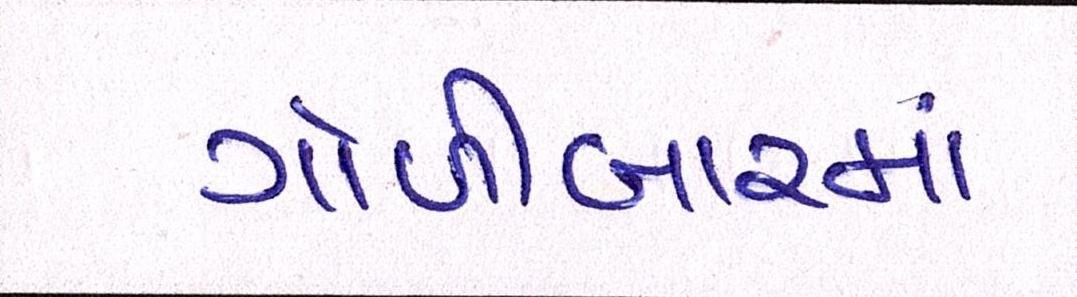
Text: ગોળીબારમાં